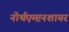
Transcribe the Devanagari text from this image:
नोर्थएम्प्टनशायर